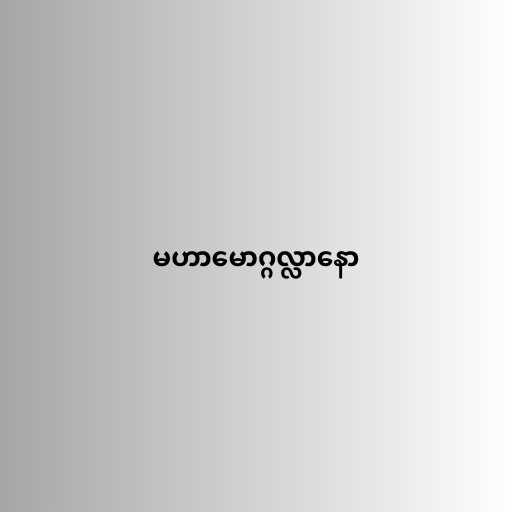
မဟာမောဂ္ဂလ္လာနော